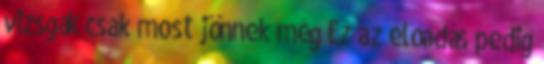
vizsgák csak most jönnek még Ez az előadás pedig